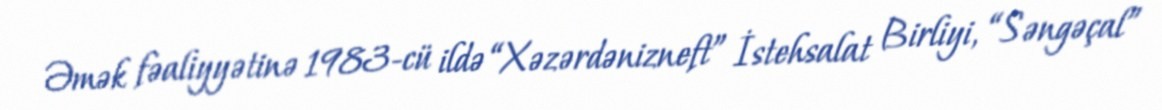
Əmək fəaliyyətinə 1983-cü ildə “Xəzərdənizneft” İstehsalat Birliyi, “Səngəçal”